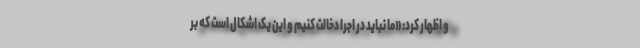
و اظهار کرد: «ما نباید در اجرا دخالت کنیم و این یک اشکال است که بر